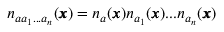
n _ { a a _ { 1 } . . . a _ { n } } ( { \pmb x } ) = n _ { a } ( { \pmb x } ) n _ { a _ { 1 } } ( { \pmb x } ) . . . n _ { a _ { n } } ( { \pmb x } )